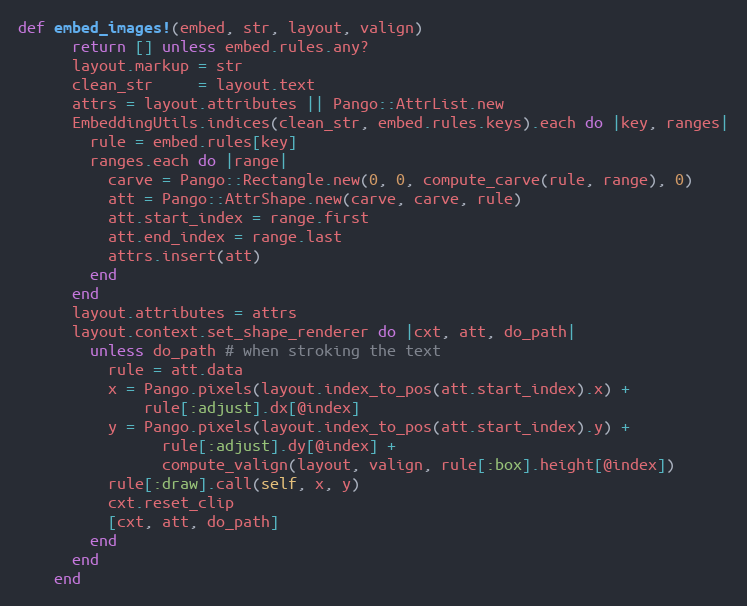
Language: Ruby
def embed_images!(embed, str, layout, valign)
      return [] unless embed.rules.any?
      layout.markup = str
      clean_str     = layout.text
      attrs = layout.attributes || Pango::AttrList.new
      EmbeddingUtils.indices(clean_str, embed.rules.keys).each do |key, ranges|
        rule = embed.rules[key]
        ranges.each do |range|
          carve = Pango::Rectangle.new(0, 0, compute_carve(rule, range), 0)
          att = Pango::AttrShape.new(carve, carve, rule)
          att.start_index = range.first
          att.end_index = range.last
          attrs.insert(att)
        end
      end
      layout.attributes = attrs
      layout.context.set_shape_renderer do |cxt, att, do_path|
        unless do_path # when stroking the text
          rule = att.data
          x = Pango.pixels(layout.index_to_pos(att.start_index).x) +
              rule[:adjust].dx[@index]
          y = Pango.pixels(layout.index_to_pos(att.start_index).y) +
                rule[:adjust].dy[@index] +
                compute_valign(layout, valign, rule[:box].height[@index])
          rule[:draw].call(self, x, y)
          cxt.reset_clip
          [cxt, att, do_path]
        end
      end
    end